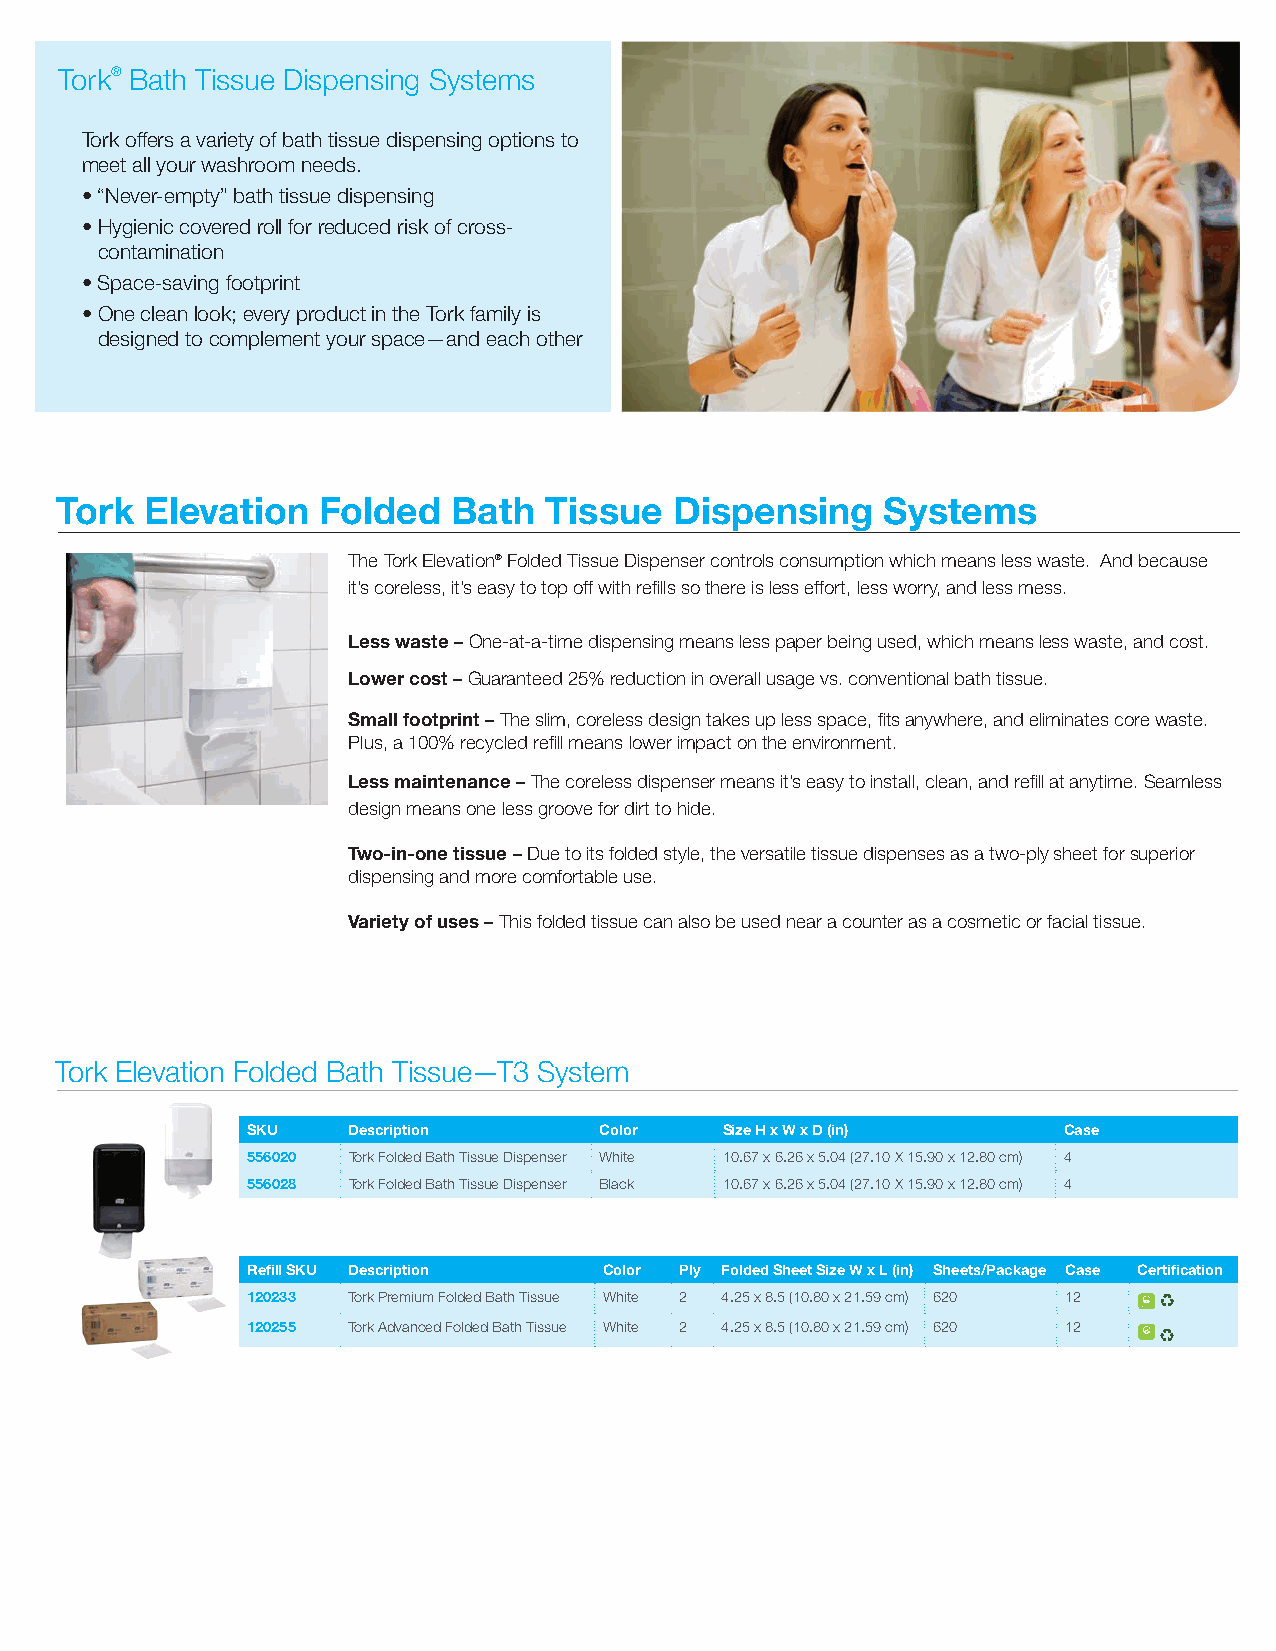
Tork® Bath Tissue Dispensing Systems
 Tork offers a variety of bath tissue dispensing options to
 meet all your washroom needs.
 •“Never-empty” bath tissue dispensing
 • Hygienic covered roll for reduced risk of cross-
 contamination
 •Space-saving footprint
 • One clean look; every product in the Tork family is
 designed to complement your space—and each other
 Tork  Elevation  Folded   Bath  Tissue   Dispensing    Systems
 The Tork Elevation® Folded Tissue Dispenser controls consumption which means less waste. And because
 it’s coreless, it’s easy to top off with refills so there is less effort, less worry, and less mess.
 Less waste – One-at-a-time dispensing means less paper being used, which means less waste, and cost.
 Lower cost – Guaranteed 25% reduction in overall usage vs. conventional bath tissue.
 Small footprint – The slim, coreless design takes up less space, fits anywhere, and eliminates core waste.
 Plus, a 100% recycled refill means lower impact on the environment.
 Less maintenance – The coreless dispenser means it’s easy to install, clean, and refill at anytime. Seamless
 design means one less groove for dirt to hide.
 Two-in-one tissue – Due to its folded style, the versatile tissue dispenses as a two-ply sheet for superior
 dispensing and more comfortable use.
 Variety of uses – This folded tissue can also be used near a counter as a cosmetic or facial tissue.
 Tork Elevation Folded Bath Tissue—T3 System
 SKU   Description      Color   Size H x W x D (in)    Case
 556020 Tork Folded Bath Tissue Dispenser White 10.67 x 6.26 x 5.04 (27.10 X 15.90 x 12.80 cm) 4
 556028 Tork Folded Bath Tissue Dispenser Black 10.67 x 6.26 x 5.04 (27.10 X 15.90 x 12.80 cm) 4
 Refill SKU Description Color Ply Folded Sheet Size W x L (in) Sheets/Package Case Certification
 120233 Tork Premium Folded Bath Tissue White 2 4.25 x 8.5 (10.80 x 21.59 cm) 620 12
 120255 Tork Advanced Folded Bath Tissue White 2 4.25 x 8.5 (10.80 x 21.59 cm) 620 12